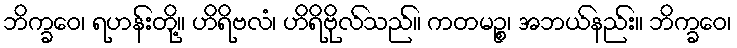
ဘိက္ခဝေ၊ ရဟန်းတို့။ ဟိရိဗလံ၊ ဟိရိဗိုလ်သည်။ ကတမဉ္စ၊ အဘယ်နည်း။ ဘိက္ခဝေ၊